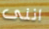
اننى